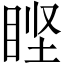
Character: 𰥣